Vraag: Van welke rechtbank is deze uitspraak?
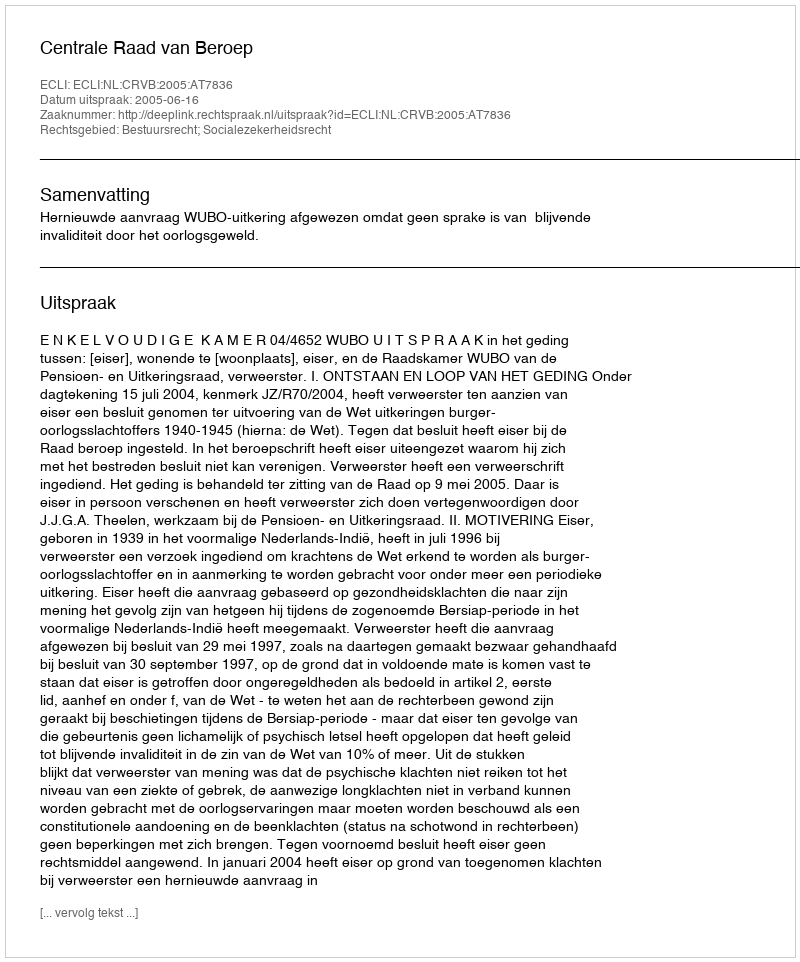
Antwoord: Centrale Raad van Beroep